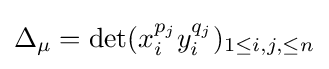
\Delta _{\mu }=\det(x_{i}^{p_{j}}y_{i}^{q_{j}})_{1\leq i,j,\leq n}